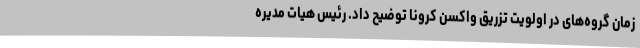
زمان گروه‌های در اولویت تزریق واکسن کرونا توضیح داد. رئیس هیات مدیره